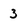
Character: 3